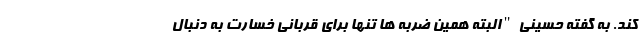
کند. به گفته حسینی "البته همین ضربه ها تنها برای قربانی خسارت به دنبال